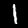
Digit: 1